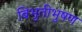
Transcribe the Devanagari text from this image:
बिभुतीभुषण